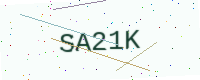
Text: SA21K